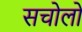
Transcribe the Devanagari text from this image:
सचोलों